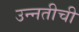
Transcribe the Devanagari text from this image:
उन्‍नतीची